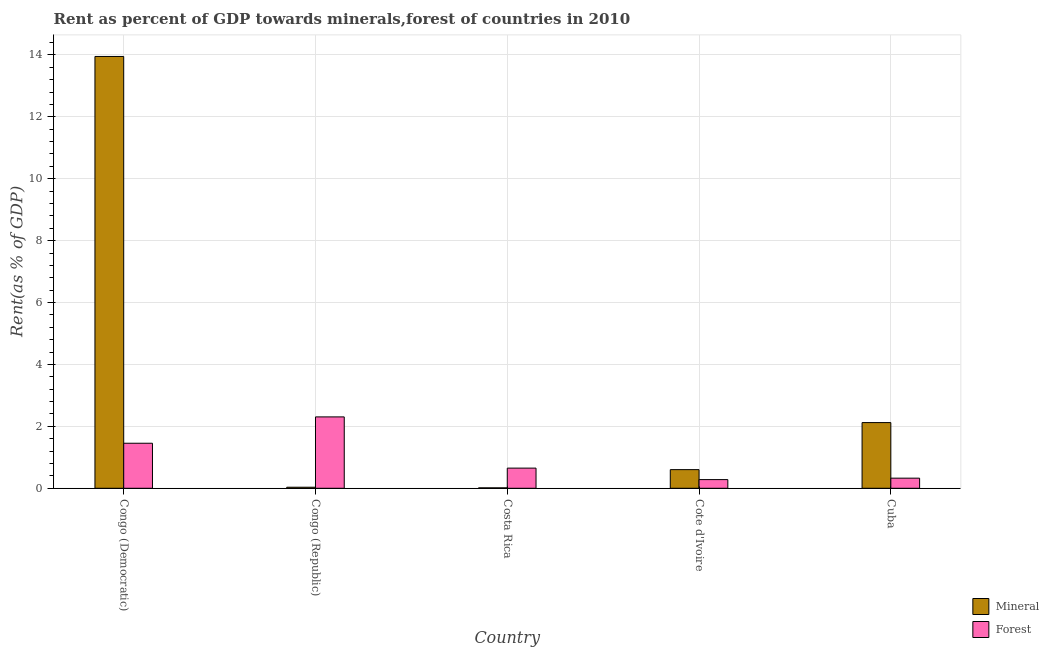
| Country | Mineral | Forest |
 | --- | --- | --- |
 | Congo (Democratic) | 13.9 | 1.45 |
 | Congo (Republic) | 0.0339 | 2.31 |
 | Costa Rica | 0.0138 | 0.651 |
 | Cote d'Ivoire | 0.603 | 0.28 |
 | Cuba | 2.12 | 0.327 |